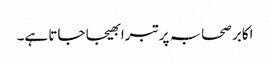
اکابر صحابہ پر تبرا بھیجا جاتا ہے۔